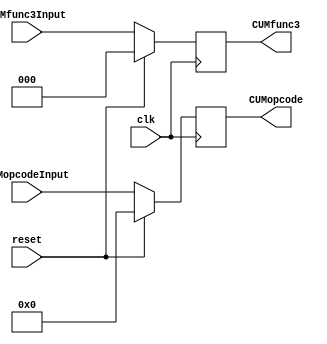
module cuM (
    input wire clk,           // Seal de reloj
    input wire reset,         // Seal de reinicio
    input wire [6:0] CUMopcodeInput, // Entrada de opcode
    input wire [2:0] CUMfunc3Input,  // Entrada de func3
    output reg [6:0] CUMopcode, // Salida de opcode
    output reg [2:0] CUMfunc3   // Salida de func3
);

always @(negedge clk) begin
    if (reset == 1) begin
        CUMopcode <= 7'b0000000;
        CUMfunc3 <= 3'b000;
    end
    else begin
        CUMopcode <= CUMopcodeInput;
        CUMfunc3 <= CUMfunc3Input;
    end
end

endmodule